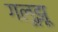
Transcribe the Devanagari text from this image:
गलूझू